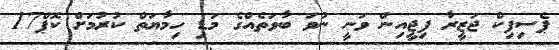
ޕެސިފިކް ޖަޒީރާ ފިޖީއިން ވަނީ ނުވަ ބާވަތެއްގެ މަޑި ހިމާޔަތް ކުރުމަށް ކޮޕް17